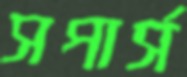
সপার্স